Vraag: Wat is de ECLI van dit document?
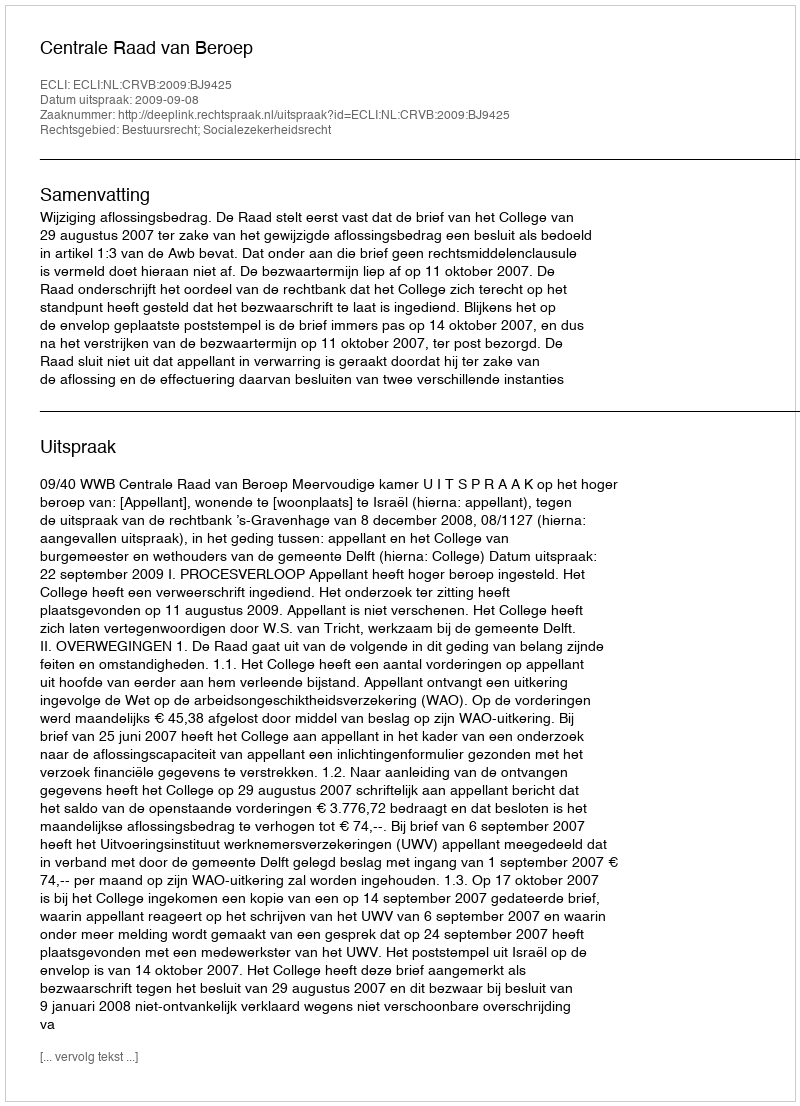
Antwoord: ECLI:NL:CRVB:2009:BJ9425